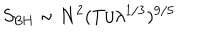
LaTeX: S _ { \mathrm { B H } } \sim N ^ { 2 } ( T / \lambda ^ { 1 / 3 } ) ^ { 9 / 5 }